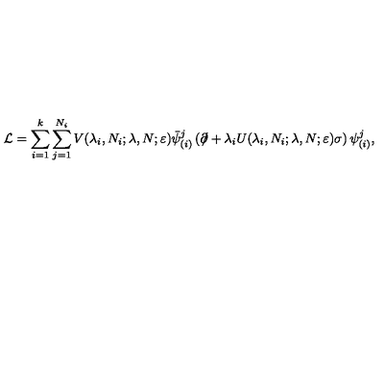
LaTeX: \mathcal { L } = \sum _ { i = 1 } ^ { k } \sum _ { j = 1 } ^ { N _ { i } } V ( \lambda _ { i } , N _ { i } ; \lambda , N ; \varepsilon ) \bar { \psi } _ { ( i ) } ^ { j } \left( \partial \! \! \! \slash + \lambda _ { i } U ( \lambda _ { i } , N _ { i } ; \lambda , N ; \varepsilon ) \sigma \right) \psi _ { ( i ) } ^ { j } ,